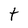
Character: t